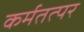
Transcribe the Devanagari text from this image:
कर्मतत्पर